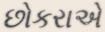
છોકરાએ